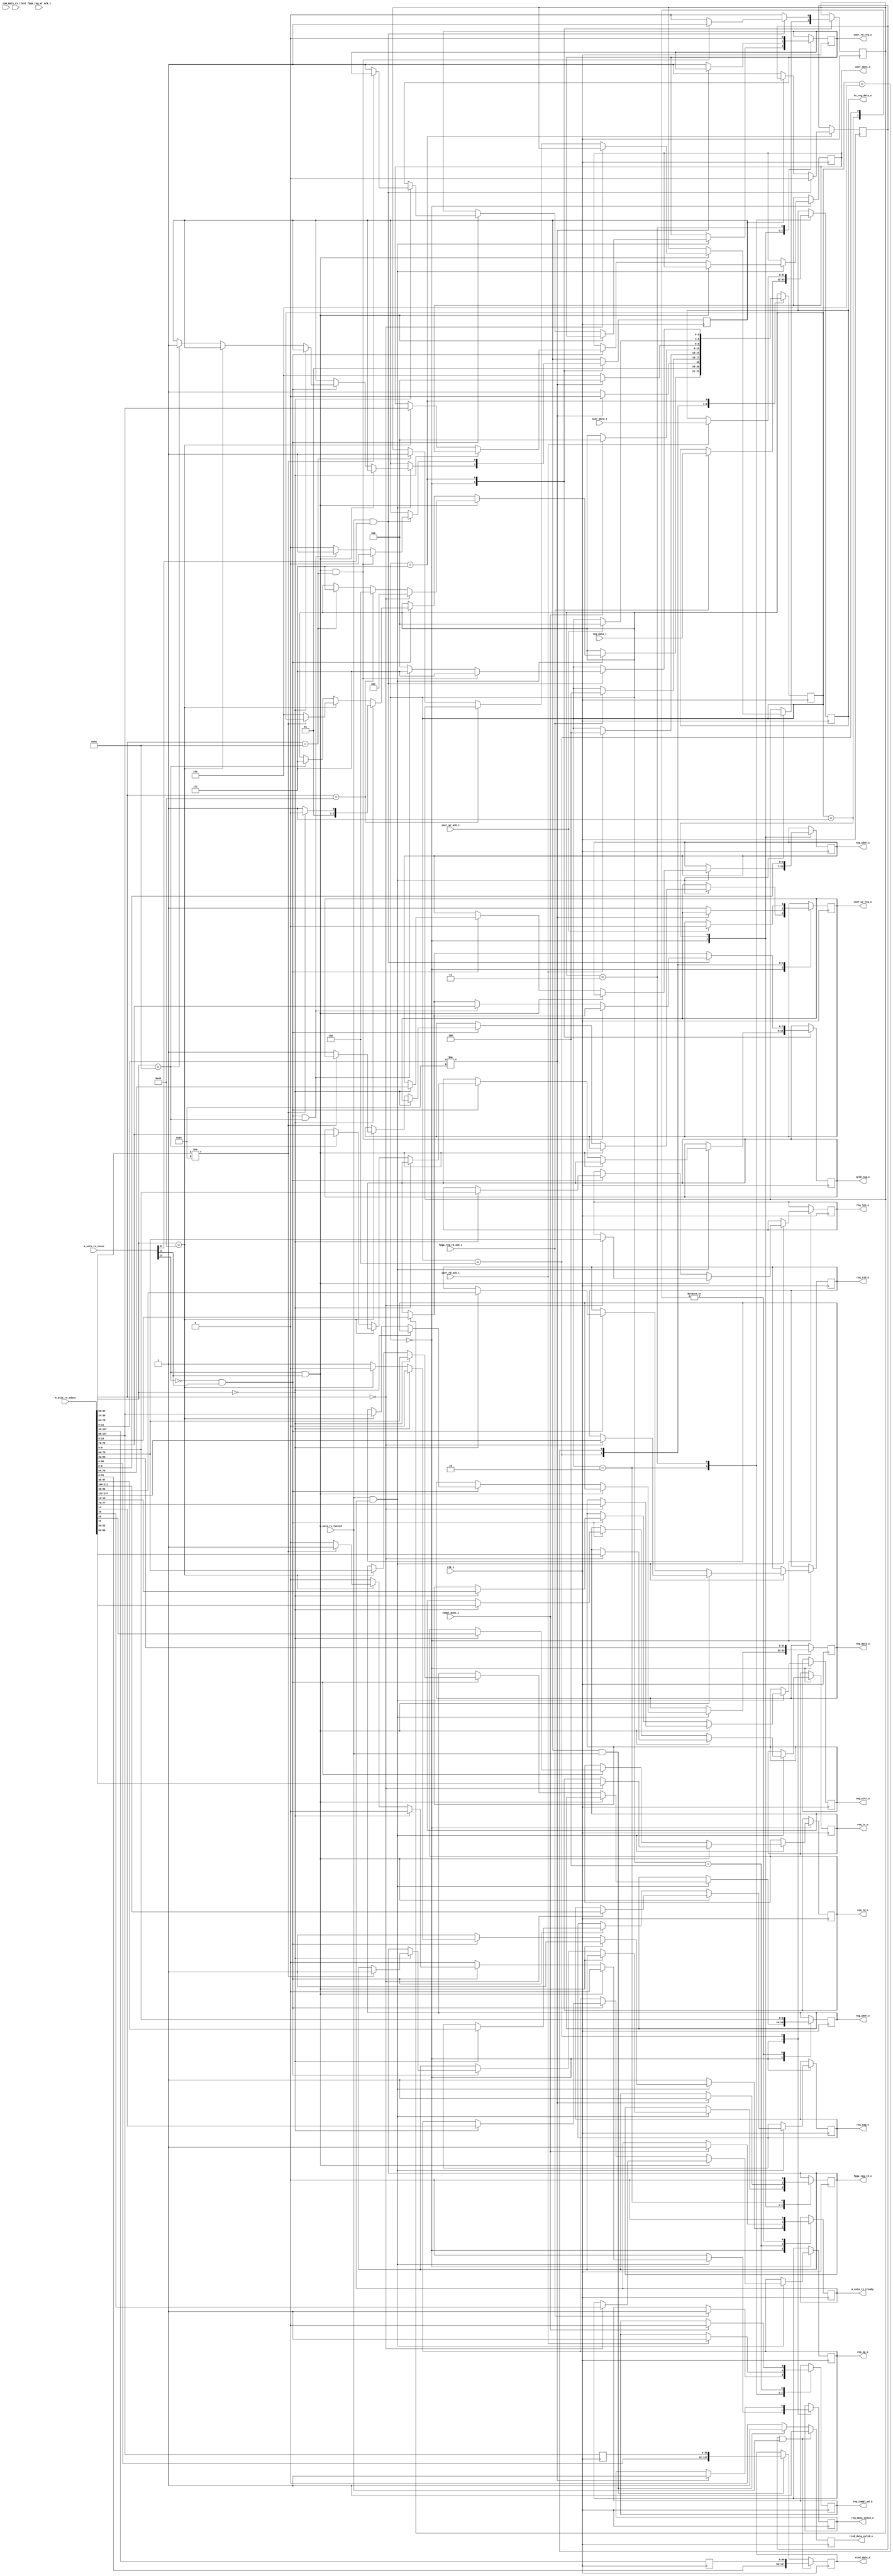
//--------------------------------------------------------------------------------
// Project    : SWITCH
// Version    : 0.1
//
// Description: 128 bit PCIe transaction layer receive unit
//
//--------------------------------------------------------------------------------

`timescale 1ns/1ns

module rx_engine  #(
  parameter C_DATA_WIDTH  = 128                                  // RX interface data width
) (
  input                         clk_i,                           // 250Mhz clock from PCIe core
  input                         rst_n,                           // Active low reset
  // AXI-S
  input  [C_DATA_WIDTH-1:0]     m_axis_rx_tdata,                 // Stream signals from the PCIe core
  input                         m_axis_rx_tlast,
  input                         m_axis_rx_tvalid,
  output reg                    m_axis_rx_tready,
  input    [21:0]               m_axis_rx_tuser,
  //Tx engine
  input                         compl_done_i,                    // Tx engine indicating completion packet is sent
  output reg                    req_compl_wd_o,                  // Request Tx engine for completion packet transmission 
  output reg [31:0]             tx_reg_data_o,                   // Data for completion packet              
  output reg [2:0]              req_tc_o,                        // Memory Read TC
  output reg                    req_td_o,                        // Memory Read TD
  output reg                    req_ep_o,                        // Memory Read EP
  output reg [1:0]              req_attr_o,                      // Memory Read Attribute
  output reg [9:0]              req_len_o,                       // Memory Read Length (1DW)
  output reg [15:0]             req_rid_o,                       // Memory Read Requestor ID
  output reg [7:0]              req_tag_o,                       // Memory Read Tag
  output reg [6:0]              req_addr_o,                      // Memory Read Address
  //Register file
  output reg [31:0]             reg_data_o,                      // Write data to register
  output reg                    reg_data_valid_o,                // Register write data is valid
  output reg [9:0]              reg_addr_o,                      // Register address
  input                         fpga_reg_wr_ack_i,               // Register write acknowledge
  output reg                    fpga_reg_rd_o,                   // Register read enable
  input      [31:0]             reg_data_i,                      // Register read data
  input                         fpga_reg_rd_ack_i,               // Register read acknowledge
  output reg [7:0]              cpld_tag_o,
  //User interface
  output reg [31:0]             user_data_o,                     // User write data
  output reg                    user_wr_req_o,                   // User write request
  input                         user_wr_ack_i,                   // Write command ack
  input      [31:0]             user_data_i,                     // User read data
  input                         user_rd_ack_i,                   // User read acknowledge 
  output reg                    user_rd_req_o,                   // User read request
  //DDR interface
  output reg [C_DATA_WIDTH-1:0] rcvd_data_o,                     // Memory ready completion data after DMA read request
  output reg                    rcvd_data_valid_o                // Completion data is valid
);

    // Local Registers
    wire               sof_present;
    wire               sof_right;
    wire               sof_mid;
    wire               eof;
    reg [2:0]          state;
    reg [95:0]         rx_tdata_p;
    reg [31:0]         rx_tdata_p1;
    reg                rcv_data1;
    reg                rcv_data2;
    reg                lock_tag;
    reg                user_wr_ack;
    reg                sof_mid_flag;
	 
    // State Machine state declaration
    localparam      IDLE           = 'd0,
                    SEND_DATA      = 'd1,
                    WAIT_FPGA_DATA = 'd2,
                    WAIT_USR_DATA  = 'd3,
                    WAIT_TX_ACK    = 'd4,
                    WAIT_USER_ACK  = 'd5,
                    WR_DATA        = 'd6,
                    RX_DATA        = 'd7;
					
    // TLP packet type encoding
	localparam MEM_RD = 7'b0000000,
               MEM_WR = 7'b1000000,
               CPLD   = 7'b1001010;
               
   assign sof_present = m_axis_rx_tuser[14];
   assign sof_right   = !m_axis_rx_tuser[13] && sof_present;
   assign sof_mid     = m_axis_rx_tuser[13] && sof_present;
   assign eof         = m_axis_rx_tuser[21];
            
   initial
   begin
	    m_axis_rx_tready <=  1'b0;
        req_compl_wd_o   <=  1'b0;
        state            <=  IDLE;
        user_rd_req_o    <=  1'b0;
        user_wr_req_o    <=  1'b0;
        rcv_data1        <=  1'b0;
        rcv_data2        <=  1'b0;
        fpga_reg_rd_o    <=  1'b0;
        reg_data_valid_o <=  1'b0;
   end
   					
   //The receive state machine
   always @ ( posedge clk_i ) 
   begin
        case (state)
            IDLE : begin
                m_axis_rx_tready <=  1'b1;                  // Indicate ready to accept TLPs
                reg_data_valid_o <=  1'b0;
                if ((m_axis_rx_tvalid) && (m_axis_rx_tready))
                begin
                    if (sof_mid) 
                    begin                                           // Valid data on the bus
                        if(m_axis_rx_tdata[94:88] == MEM_RD)        // If memory ready request
			            begin
			                m_axis_rx_tready <=  1'b1;              // Block further TLPs until the requested data is sent by Tx engine
			                req_len_o        <=  m_axis_rx_tdata[73:64];  // Place the packet info on the bus for Tx engine
                            req_attr_o       <=  m_axis_rx_tdata[77:76];
                            req_ep_o         <=  m_axis_rx_tdata[78];
                            req_td_o         <=  m_axis_rx_tdata[79];
                            req_tc_o         <=  m_axis_rx_tdata[86:84];
                            req_rid_o        <=  m_axis_rx_tdata[127:112];
                            req_tag_o        <=  m_axis_rx_tdata[111:104];                           
                            state            <=  SEND_DATA;
                        end
			            else if(m_axis_rx_tdata[94:88] == MEM_WR) // If memory write request	 
			            begin
			                m_axis_rx_tready <=   1'b1;
			                state            <=   WR_DATA;
                        end       
                        else if(m_axis_rx_tdata[94:88] == CPLD)   // If completion packet
			            begin
                              state    <=  RX_DATA;
                              lock_tag <=  1'b1;
                        end	
                    end
                    else if (sof_right)
                    begin
                        if(m_axis_rx_tdata[30:24] == MEM_RD)
                        begin                            
                            m_axis_rx_tready <=  1'b0;                // Block further TLPs until the requested data is sent by Tx engine  
                            req_len_o        <=  m_axis_rx_tdata[9:0];  // Place the packet info on the bus for Tx engine
                            req_attr_o       <=  m_axis_rx_tdata[13:12];
                            req_ep_o         <=  m_axis_rx_tdata[14];
                            req_td_o         <=  m_axis_rx_tdata[15];
                            req_tc_o         <=  m_axis_rx_tdata[22:20];
                            req_rid_o        <=  m_axis_rx_tdata[63:48];
                            req_tag_o        <=  m_axis_rx_tdata[47:40];
                            req_addr_o       <=  m_axis_rx_tdata[70:64];                         
                            reg_addr_o       <=  m_axis_rx_tdata[73:64];   
                            if(m_axis_rx_tdata[75:64] != 'h24) 
                            begin
                                state         <=  WAIT_FPGA_DATA; 
                                fpga_reg_rd_o <=  1'b1;   
                            end
                            else
                            begin
                                state         <=  WAIT_USR_DATA;
                                user_rd_req_o <=  1'b1;
                            end
                        end
                        else if(m_axis_rx_tdata[30:24] == MEM_WR)
                        begin
                            m_axis_rx_tready <=   1'b0;                // Block further TLPs until the requested data is sent by Tx engine  
                            reg_data_o       <=   m_axis_rx_tdata[127:96];
                            user_data_o      <=   m_axis_rx_tdata[127:96];
                            reg_addr_o       <=   m_axis_rx_tdata[73:64];  
                            if(m_axis_rx_tdata[75:64] != 'h24) 
                            begin
                                reg_data_valid_o <=  1'b1;                                    
                            end
                            else
                            begin
                                user_wr_req_o    <=   1'b1;
                                state            <=   WAIT_USER_ACK;                             
                            end                           
                        end
                        else if(m_axis_rx_tdata[30:24] == CPLD)
                        begin
                            cpld_tag_o <=  m_axis_rx_tdata[79:72];
                            rcv_data2  <=  1'b1;
                            state      <=  RX_DATA;
                        end
                    end
                end
            end    
            SEND_DATA: begin
                req_addr_o         <=  m_axis_rx_tdata[6:0];
                reg_addr_o         <=  m_axis_rx_tdata[9:0];
                m_axis_rx_tready   <=  1'b0; 
                if(m_axis_rx_tdata[11:0] != 'h24) //Check 22 bits since PCIe bar0 is for 4M
                begin
                    state         <=  WAIT_FPGA_DATA; 
                    fpga_reg_rd_o <=  1'b1;   
                end
                else
                begin
                   state         <=  WAIT_USR_DATA;
                   user_rd_req_o <=  1'b1;
                end
            end
            WAIT_FPGA_DATA:begin
		        fpga_reg_rd_o    <=  1'b0; 
                if(fpga_reg_rd_ack_i)
                begin 
                    req_compl_wd_o   <=  1'b1;        //Request Tx engine to send data
                    tx_reg_data_o    <=  reg_data_i;
                    state            <=  WAIT_TX_ACK; //Wait for ack from Tx engine for data sent
                end
            end
            WAIT_USR_DATA:begin
                user_rd_req_o  <=  1'b0;
                if(user_rd_ack_i)
                begin
                    req_compl_wd_o <=  1'b1;
                    tx_reg_data_o  <=  user_data_i;
                    state          <=  WAIT_TX_ACK;
                end
            end
            WAIT_TX_ACK: begin
                if(compl_done_i)
                begin
                    state            <=  IDLE;
                    req_compl_wd_o   <=  1'b0;
                    m_axis_rx_tready <=  1'b1;
                end
            end
            WR_DATA:begin
                reg_data_o       <=   m_axis_rx_tdata[63:32];
                reg_addr_o       <=   m_axis_rx_tdata[9:0];   
                m_axis_rx_tready <=   1'b0; 
                if(m_axis_rx_tdata[11:0] != 'h24)
                begin
                    state            <=  IDLE; 
                    reg_data_valid_o <=  1'b1;   
                end
                else
                begin
                    state         <=   WAIT_USER_ACK;
                    user_wr_req_o <=   1'b1;
                end
            end
            WAIT_USER_ACK:begin
                if(user_wr_ack_i)
                begin
                    user_wr_req_o    <=   1'b0;
                    state            <=   IDLE;
                end
            end    
            RX_DATA:begin
                if(lock_tag)
                begin
                    lock_tag <= 1'b0;
                    cpld_tag_o <= m_axis_rx_tdata[15:8];
                end    
                if(m_axis_rx_tvalid && eof)
                begin
                    rcv_data1        <=  1'b0;
                    rcv_data2        <=  1'b0;
                    if (sof_mid & m_axis_rx_tdata[94:88] == CPLD)   // If completion packet
                    begin
                        state    <=  RX_DATA;
                        lock_tag <=  1'b1;
                    end    
                    else if (sof_right & m_axis_rx_tdata[30:24] == CPLD)
                    begin
                        cpld_tag_o <=  m_axis_rx_tdata[79:72];
                        rcv_data2  <=  1'b1;
                        state      <=  RX_DATA;
                    end
                    else
                        state            <=  IDLE;
                end
                else if(!rcv_data2)
                    rcv_data1  <=  1'b1;
            end
        endcase
    end

    //Packing data from the received completion packet. Required since the TLP header is 3 DWORDs.
    always @(posedge clk_i)
    begin
        rx_tdata_p  <= m_axis_rx_tdata[127:32];
        rx_tdata_p1 <= m_axis_rx_tdata[127:96];
        if(rcv_data1 & m_axis_rx_tvalid)
        begin
            rcvd_data_valid_o <= 1'b1;   
            rcvd_data_o       <= {m_axis_rx_tdata[31:0],rx_tdata_p};
        end
        else if(rcv_data2 & m_axis_rx_tvalid)
        begin
            rcvd_data_valid_o <= 1'b1;   
            rcvd_data_o       <= {m_axis_rx_tdata[95:0],rx_tdata_p1};
        end
        else
            rcvd_data_valid_o <= 1'b0;
    end

endmodule